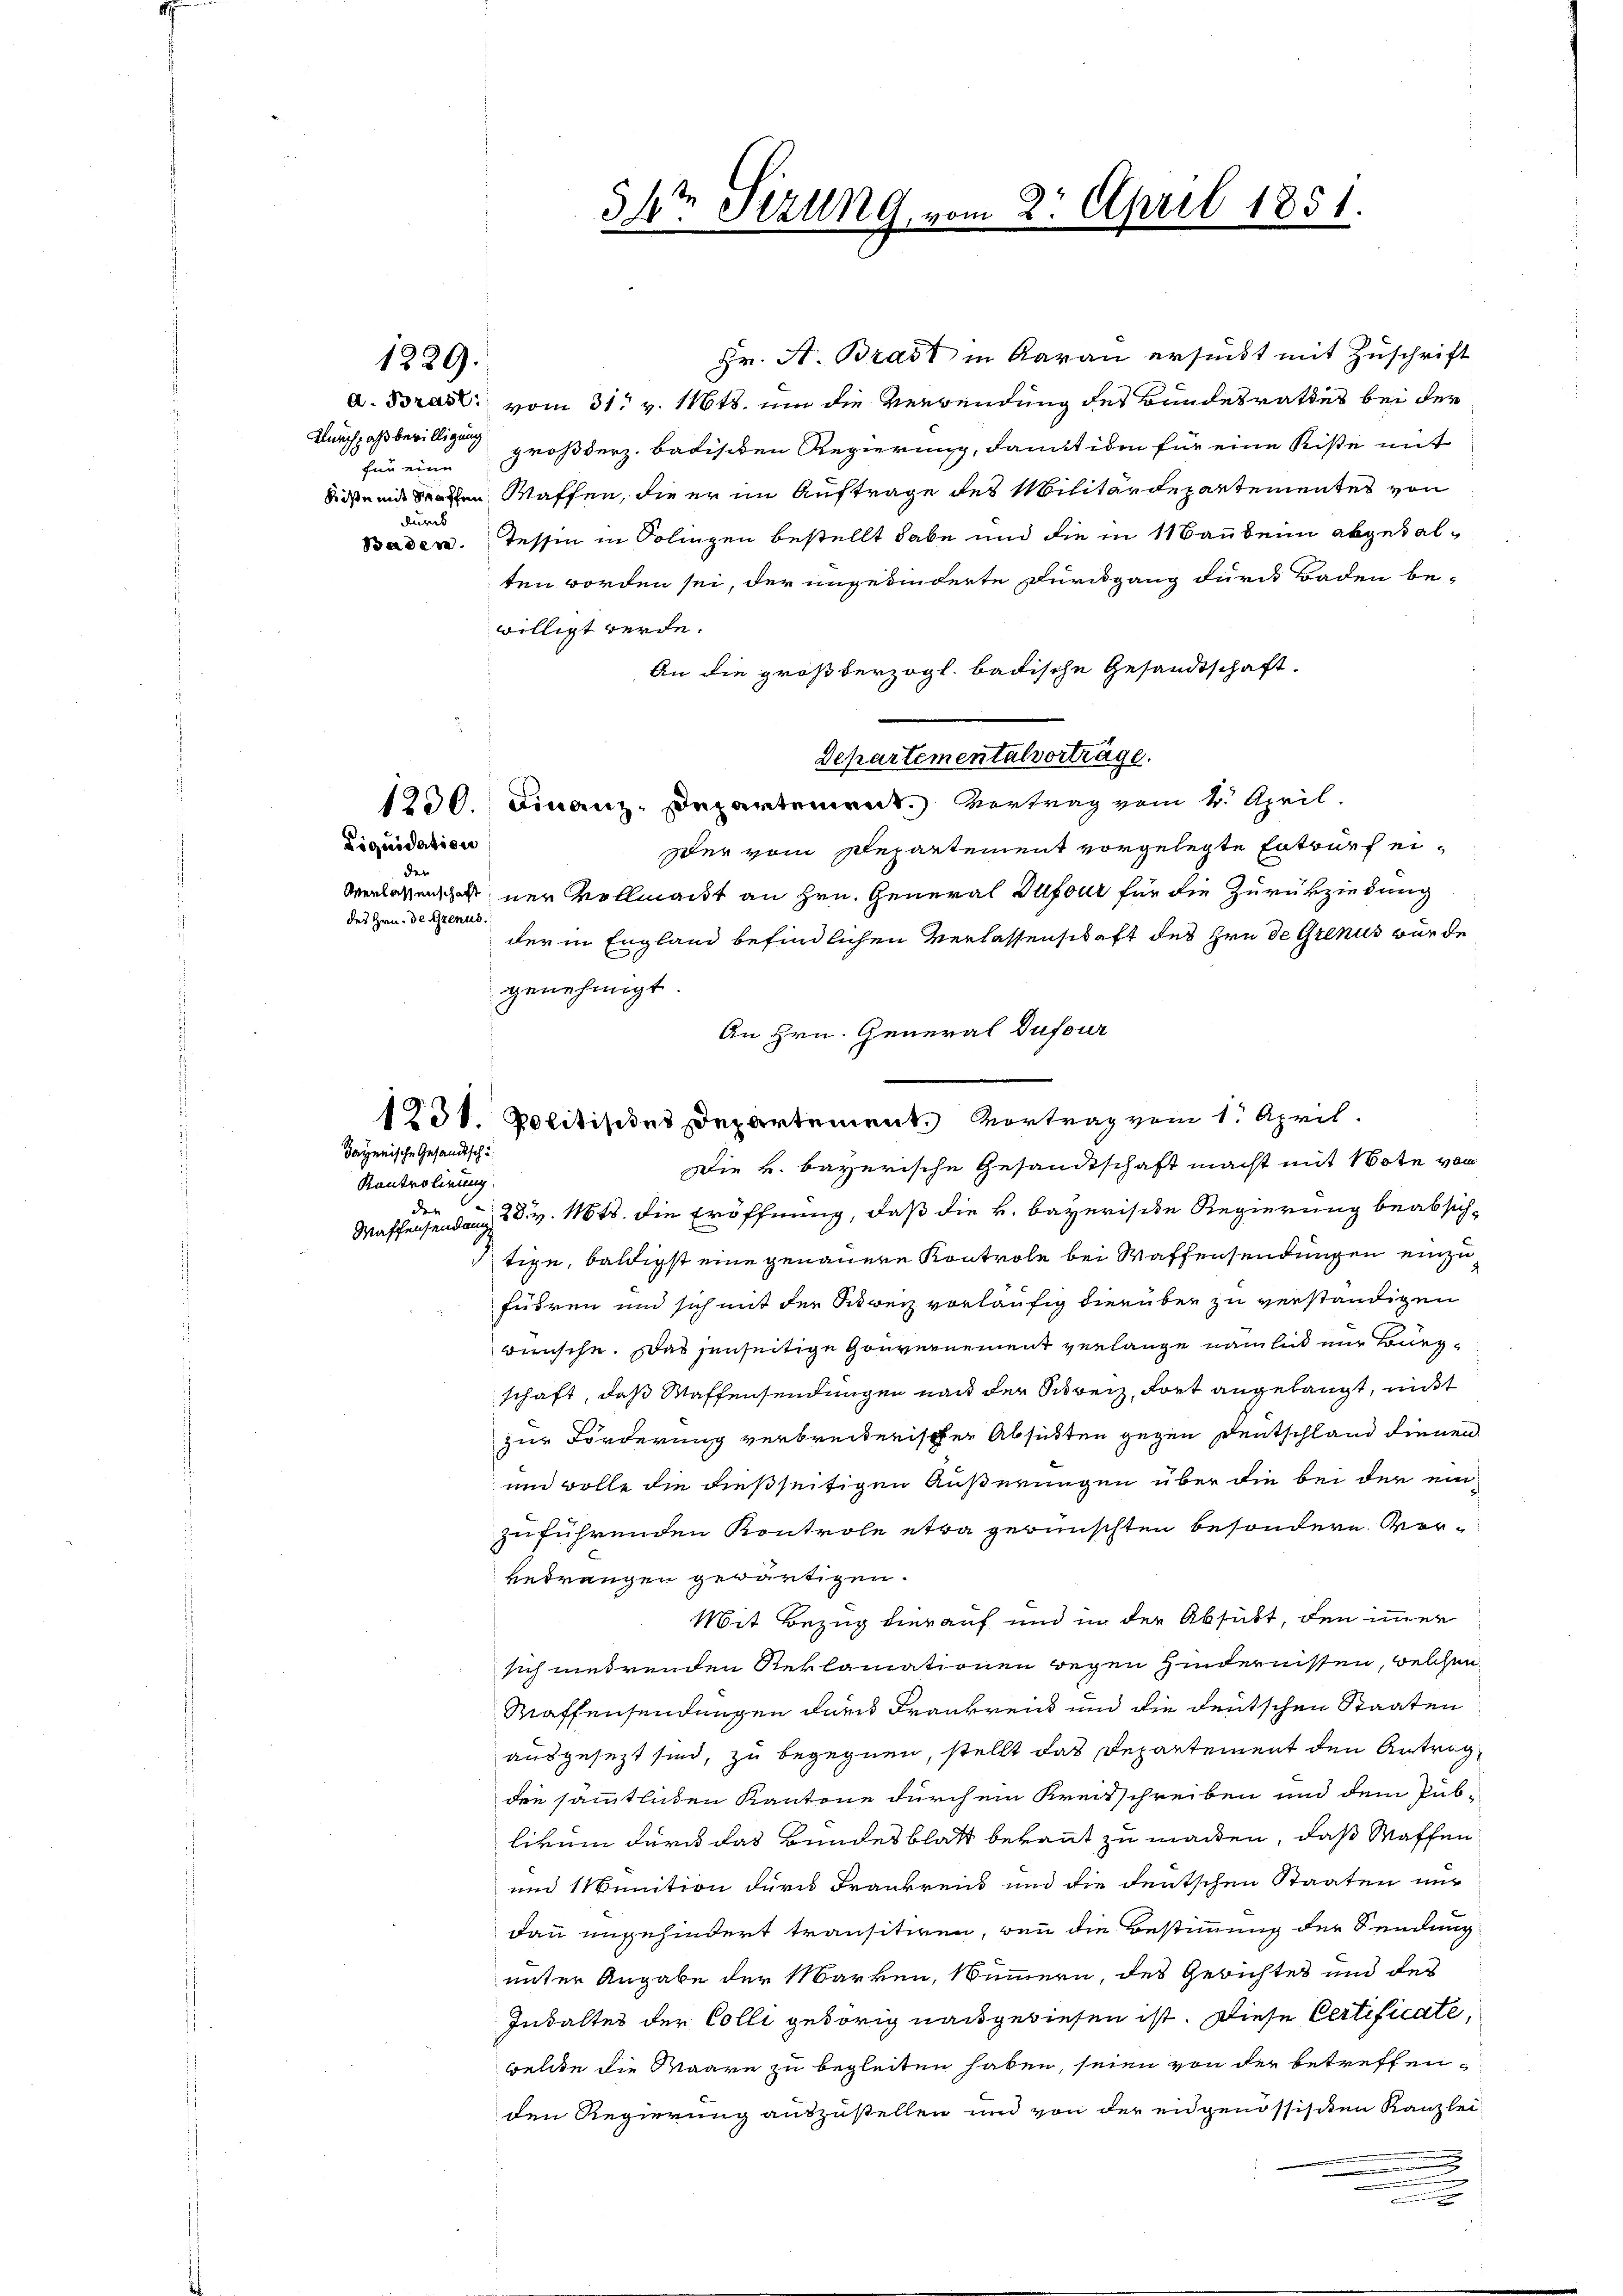
Hr. A. Brast in Aarau ersucht mit Zuschrift
d. Brast vom 31t v. Mts. um die Verwendung des Bundesrathes bei der
funein Großherz. badischen Regierung, damit iden für eine Kiste mit
Seitende Sachen Waffen, die er im Auftrage des Militärdepartementes von
durch
Tessin in Solingen bestellt habe und die in 11 Baubeim abgetal-
Baden.
ten worden sei, der ungebinderte Durchgang durch Baden bewilligt werde.
An die großherzogl. badische Gesandtschaft.
Departementalvorträge.
1230. Finanz-Departement. Vertrag vom 4. April.
Liquidation
Der vom Departement vorgelegte Entwurf eiden
verlaßensches nur vollmacht an Hrn. General Sufour für die Zurückziedung
des Hrn. Der Genus.
der in England befindlichen Verlassenschaft des Hrn de Grenus wurde
genehmigt
An Hrn. General Dufour
1231. Politisies Departement. Vortrag vom 1. April.
Die k. bayerische Gesandtschaft macht mit Note von
Waffensendung 2 S. v. 1648. die Eröffnung, daß die k. bayerische Regierung beabsichtige, baldigst eine genauere Kontrole bei Waffensendungen einzufudren und sich mit der Schweiz vorläufig dierüber zu verständigen
wünsche. Das jenseitige Gouvernement verlange nämlich nur Burgschaft, daß Waffensendungen nach der Schweiz, dort angelangt, nicht
zur Förderung verbreiterischen Absichten gegen Deutschland dienen
un wolle die dießseitigen Äußerungen über die bei der einzuführenden Kontrole etwa gewünschten besondere Vorbedrängen gewärtigen.
Mit Bezug hierauf und in der Absübt, den immer
sich mehrenden Reklamationen wegen Hindernissen, welchen
Saffensendungen durch Frankreich und die deutschen Staaten
ausgesezt sind, zu begegnen, stellt das Departement den Antrag,
den sämmtlichen Kantone durch ein Kreisschreiben und dem Pub-
likum durch das Bundesblatt bekannt zu machen, daß Waffen
und Munition dern Frankreis und die deutschen Staaten nur
daun ungehindert transitiven, wenn die Bestimmung der Sendung
unter Angabe der Marken, Nummern, des Gerichtes und des
Inhalter der Colli gehörig nachgewiesen ist. Diese Certificate,
welche die Waare zu begleiten haben, seien von der betreffenden Regierung auszustellen und von der eidgenössischen Kanzlei

dayerische Gesandtsche
Kontrolirung
der

1829.

Durchpaß bewilligung

34te Serung vom 2. April 1851
i

2